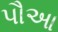
પૌઆ